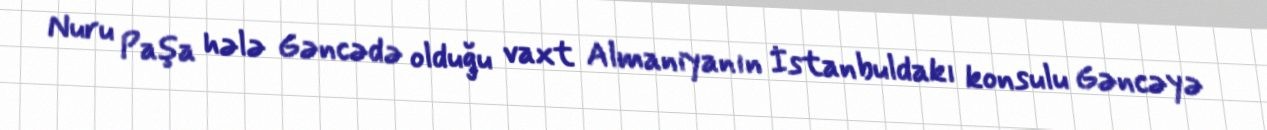
Nuru Paşa hələ Gəncədə olduğu vaxt Almaniyanın İstanbuldakı konsulu Gəncəyə